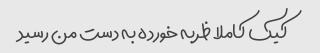
کیک کاملا ظربه خورده به دست من رسید